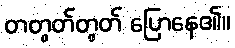
တတွတ်တွတ် ပြောနေ၏။